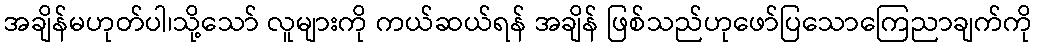
အချိန်မဟုတ်ပါ၊သို့သော် လူများကို ကယ်ဆယ်ရန် အချိန် ဖြစ်သည်ဟုဖော်ပြသောကြေညာချက်ကို